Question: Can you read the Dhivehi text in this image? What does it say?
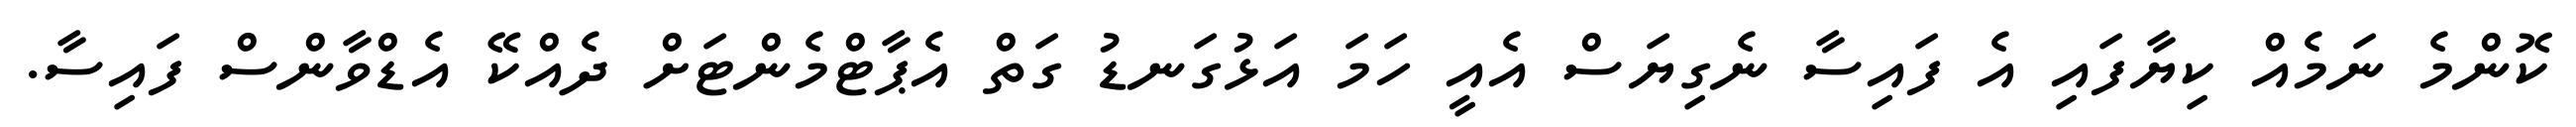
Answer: ކޮންމެ ނަމެއް ކިޔާފައި އެ ފައިސާ ނެގިޔަސް އެއީ ހަމަ އަޅުގަނޑު ގަތް އެޕާޓްމެންޓަށް ދެއްކޭ އެޑްވާންސް ފައިސާ.